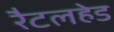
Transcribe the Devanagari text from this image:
रैटलहेड